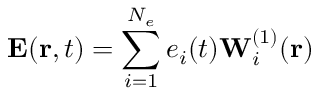
\mathbf { E } ( \mathbf { r } , t ) = \sum _ { i = 1 } ^ { N _ { e } } e _ { i } ( t ) \mathbf { W } _ { i } ^ { ( 1 ) } ( \mathbf { r } )